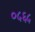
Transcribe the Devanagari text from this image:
०५६५